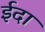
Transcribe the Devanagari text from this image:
ईदा